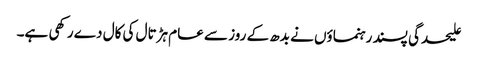
علیحدگی پسند رہنماؤں نے بدھ کے روز سے عام ہڑتال کی کال دے رکھی ہے۔